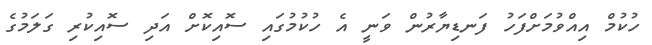
ހުކުމް އިއްވުމަށްފަހު ފަނޑިޔާރުން ވަނީ އެ ހުކުމުގައި ސޮއިކޮށް އަދި ސޮއިކުރި ގަލަމުގެ